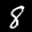
Label: 8